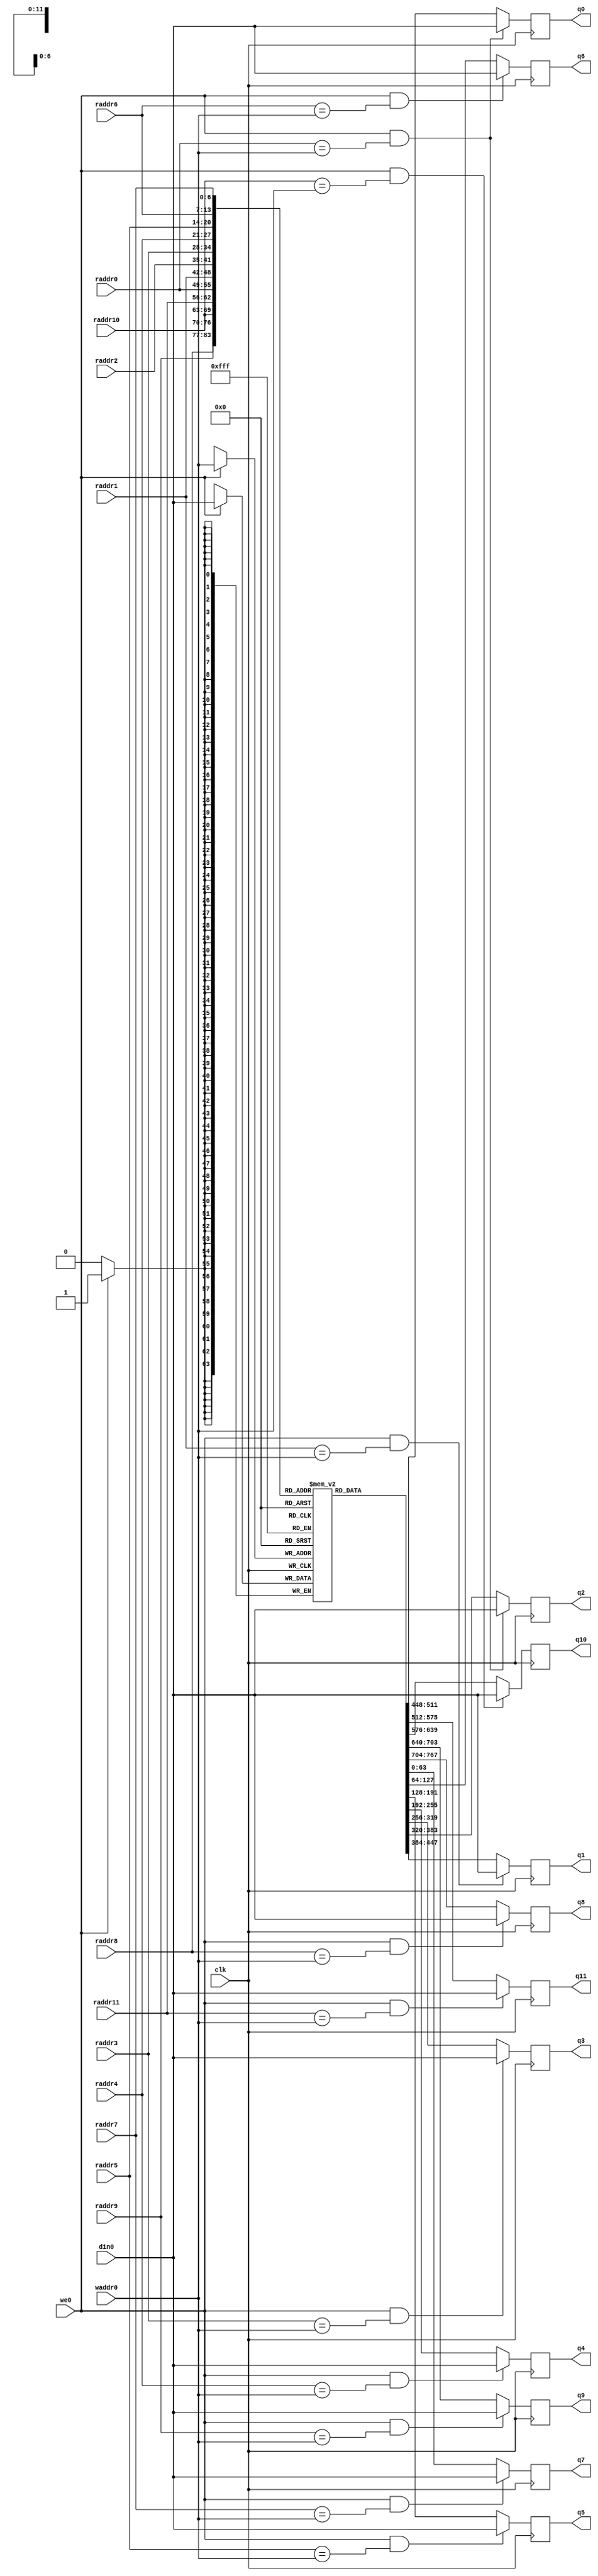
module regfile12r1w
    (input                    clk

     ,input [7-1:0]           waddr0

     ,input                   we0

     ,input [64-1:0]          din0

     ,input [7-1:0]           raddr0
     ,input [7-1:0]           raddr1
     ,input [7-1:0]           raddr2
     ,input [7-1:0]           raddr3
     ,input [7-1:0]           raddr4
     ,input [7-1:0]           raddr5
     ,input [7-1:0]           raddr6
     ,input [7-1:0]           raddr7
     ,input [7-1:0]           raddr8
     ,input [7-1:0]           raddr9
     ,input [7-1:0]           raddr10
     ,input [7-1:0]           raddr11

     ,output [64-1:0]         q0
     ,output [64-1:0]         q1
     ,output [64-1:0]         q2
     ,output [64-1:0]         q3
     ,output [64-1:0]         q4
     ,output [64-1:0]         q5
     ,output [64-1:0]         q6
     ,output [64-1:0]         q7
     ,output [64-1:0]         q8
     ,output [64-1:0]         q9
     ,output [64-1:0]         q10
     ,output [64-1:0]         q11

     );

   reg [64-1:0]                      rf[128-1:0]; // synthesis syn_ramstyle = "block_ram"

   reg [64-1:0] q0_next;
   reg [64-1:0] q1_next;
   reg [64-1:0] q2_next;
   reg [64-1:0] q3_next;
   reg [64-1:0] q4_next;
   reg [64-1:0] q5_next;
   reg [64-1:0] q6_next;
   reg [64-1:0] q7_next;
   reg [64-1:0] q8_next;
   reg [64-1:0] q9_next;
   reg [64-1:0] q10_next;
   reg [64-1:0] q11_next;

   always @(*) begin
     if (we0 && raddr0 == waddr0)
       q0_next = din0;
     else
       q0_next = rf[raddr0];
   end
   always @(*) begin
     if (we0 && raddr1 == waddr0)
       q1_next = din0;
     else
       q1_next = rf[raddr1];
   end
   always @(*) begin
     if (we0 && raddr0 == waddr0)
       q2_next = din0;
     else
       q2_next = rf[raddr2];
   end
   always @(*) begin
     if (we0 && raddr3 == waddr0)
       q3_next = din0;
     else
       q3_next = rf[raddr3];
   end
   always @(*) begin
     if (we0 && raddr4 == waddr0)
       q4_next = din0;
     else
       q4_next = rf[raddr4];
   end
   always @(*) begin
     if (we0 && raddr5 == waddr0)
       q5_next = din0;
     else
       q5_next = rf[raddr5];
   end
   always @(*) begin
     if (we0 && raddr6 == waddr0)
       q6_next = din0;
     else
       q6_next = rf[raddr6];
   end
   always @(*) begin
     if (we0 && raddr7 == waddr0)
       q7_next = din0;
     else
       q7_next = rf[raddr7];
   end
   always @(*) begin
     if (we0 && raddr8 == waddr0)
       q8_next = din0;
     else
       q8_next = rf[raddr8];
   end
   always @(*) begin
     if (we0 && raddr9 == waddr0)
       q9_next = din0;
     else
       q9_next = rf[raddr9];
   end
   always @(*) begin
     if (we0 && raddr10 == waddr0)
       q10_next = din0;
     else
       q10_next = rf[raddr10];
   end
   always @(*) begin
     if (we0 && raddr11 == waddr0)
       q11_next = din0;
     else
       q11_next = rf[raddr11];
   end

   always @(posedge clk) begin
     q0 <= q0_next;
     q1 <= q1_next;
     q2 <= q2_next;
     q3 <= q3_next;
     q4 <= q4_next;
     q5 <= q5_next;
     q6 <= q6_next;
     q7 <= q7_next;
     q8 <= q8_next;
     q9 <= q9_next;
     q10 <= q10_next;
     q11 <= q11_next;
   end

   always @(posedge clk) begin
     if (we0) begin
       rf[waddr0] <= din0;
     end
   end

endmodule